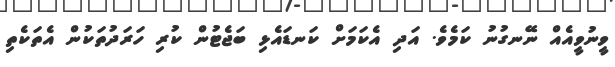
ވީނުވީއެއް ނޭނގުނު ކަމެވެ. އަދި އެކަމަށް ކަނޑައެޅި ބަޖެޓުން ކުރި ހަރަދުތަކުން އެތަކެތި